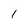
Character: 1